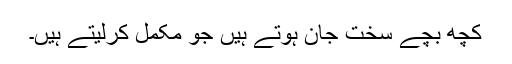
کچھ بچے سخت جان ہوتے ہیں جو مکمل کرلیتے ہیں۔